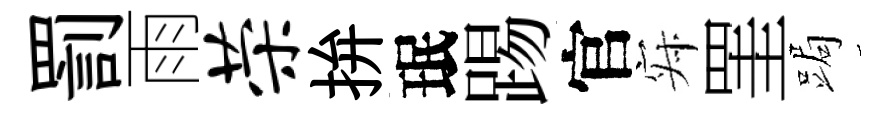
罰雨荣拚珉踢官寂罣跼